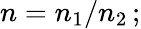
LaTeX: n=n_{1}/n_{2}\, ;